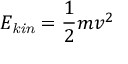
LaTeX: E _ { \mathit { k i n } } = { \frac { 1 } { 2 } } m v ^ { 2 }